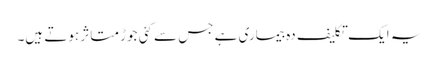
یہ ایک تکلیف دہ بیماری ہے جس سے کئی جوڑ متاثر ہوتے ہیں۔